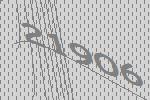
21906